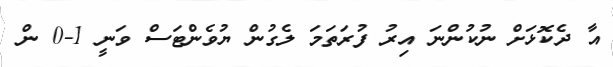
އާ ދެކޮޅަށް ނުކުންނަ އިރު ފުރަތަމަ ލެގުން ޔުވެންޓަސް ވަނީ 1-0 ން